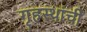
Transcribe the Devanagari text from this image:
गृहस्थांची